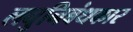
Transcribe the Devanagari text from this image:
लघुनिबंधकार